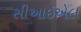
સીઆઈએલ